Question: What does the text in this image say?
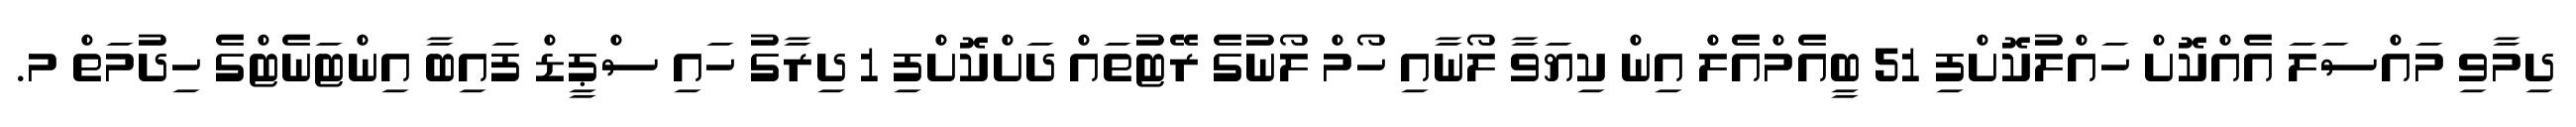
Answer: ދިމާވި މައްސަލަ އެއްކޮށް ހައްލުކޮށްފި 51 ބީއެމްއެލް އިން ކިޔަވާ ލޯނާއި ހޯމް ލޯނުގެ ރޭޓުތައް ދަށްކޮށްފި 1 ދިރާގު ހައި ސްޕީޑް ފައިބާ އިންޓަނެޓްގެ ހިދުމަތް މ.